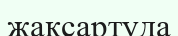
жақсартуда